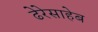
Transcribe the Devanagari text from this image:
ढेरेसाहेब